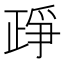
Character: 𰁔